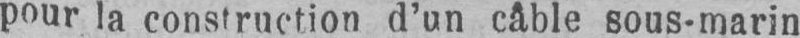
pour la construction d’un câble sous-marin